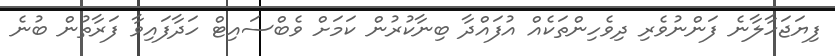
ފިޔަޖަހާލާނެ ފަންނުވެރި ދިވެހިންތަކެއް އުފައްދާ ބިނާކުރުން ކަމަށް ވެބްސައިޓް ހަދާފައިވާ ފަރާތުން ބުނެ